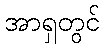
အာရှတွင်